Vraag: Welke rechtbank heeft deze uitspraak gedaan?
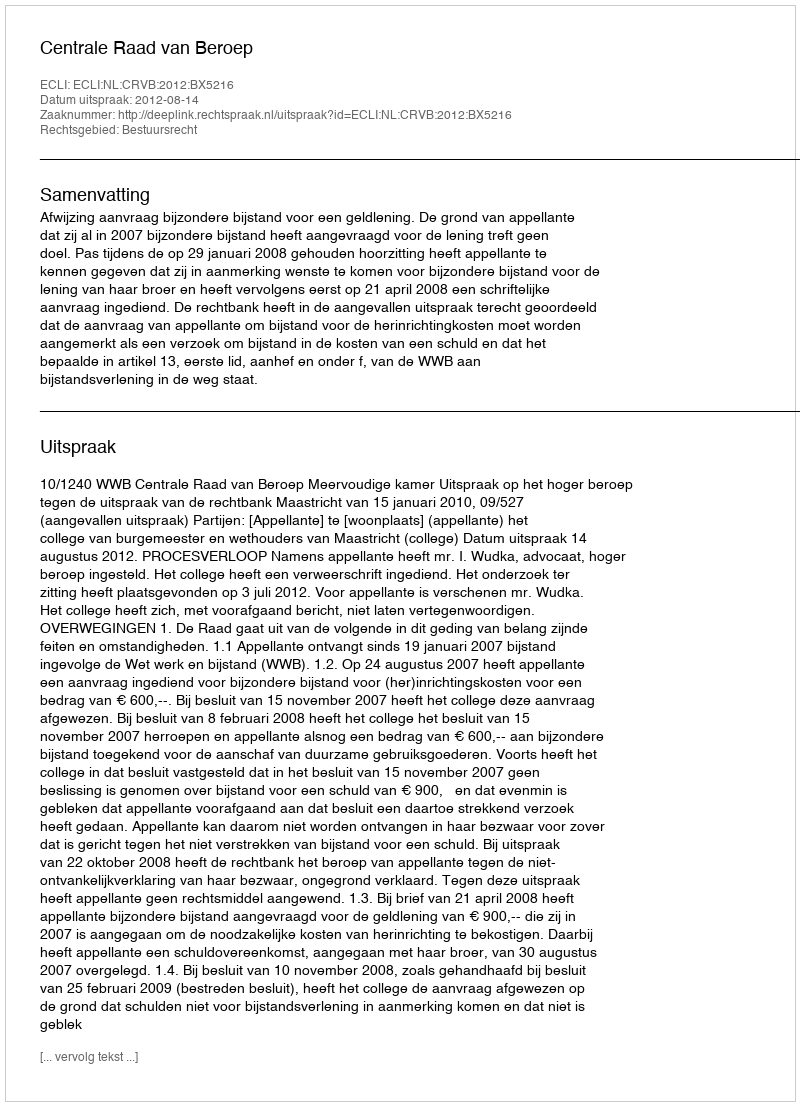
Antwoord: Centrale Raad van Beroep